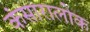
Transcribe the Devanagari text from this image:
कंसारालोक